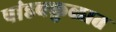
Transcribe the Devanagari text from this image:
पांडवकुळात